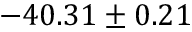
- 4 0 . 3 1 \pm 0 . 2 1